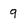
Character: 9